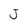
Character: J